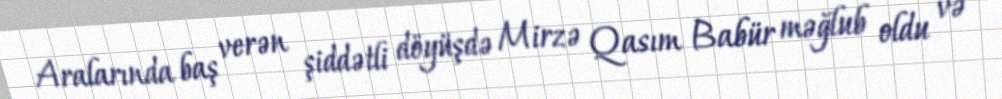
Aralarında baş verən şiddətli döyüşdə Mirzə Qasım Babür məğlub oldu və